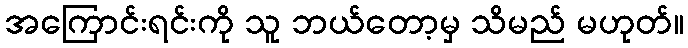
အကြောင်းရင်းကို သူ ဘယ်တော့မှ သိမည် မဟုတ်။